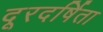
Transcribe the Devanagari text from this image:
दूरदर्षिता